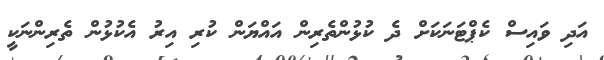
އަދި ވައިސް ކެޕްޓަނަކަށް ދެ ކުޅުންތެރިން އައްޔަން ކުރި އިރު އެކުޅުން ތެރިންނަކީ